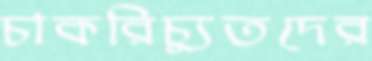
চাকরিচ্যুতদের